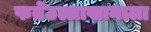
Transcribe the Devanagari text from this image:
फतेउल्लाखानाला